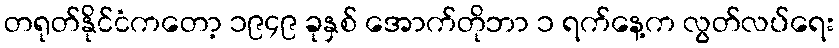
တရုတ်နိုင်ငံကတော့ ၁၉၄၉ ခုနှစ် အောက်တိုဘာ ၁ ရက်နေ့က လွတ်လပ်ရေး